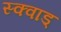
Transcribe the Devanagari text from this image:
स्क्वाड्